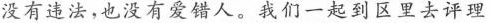
没有违法，也没有爱错人。我们一起到区里去评理